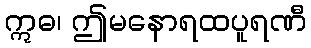
ဣဓ၊ ဤမနောရထပူရဏီ